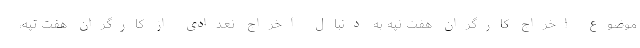
موضوع اخراج کارگران هفت تپه به دنبال اخراج تعدادی از کارگران هفت تپه،